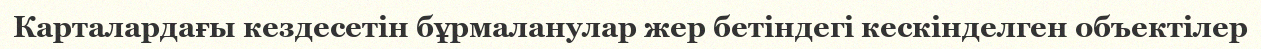
Карталардағы кездесетін бұрмаланулар жер бетіндегі кескінделген объектілер